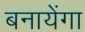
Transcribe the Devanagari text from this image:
बनायेंगा